Report of the Bombay Veterinary College
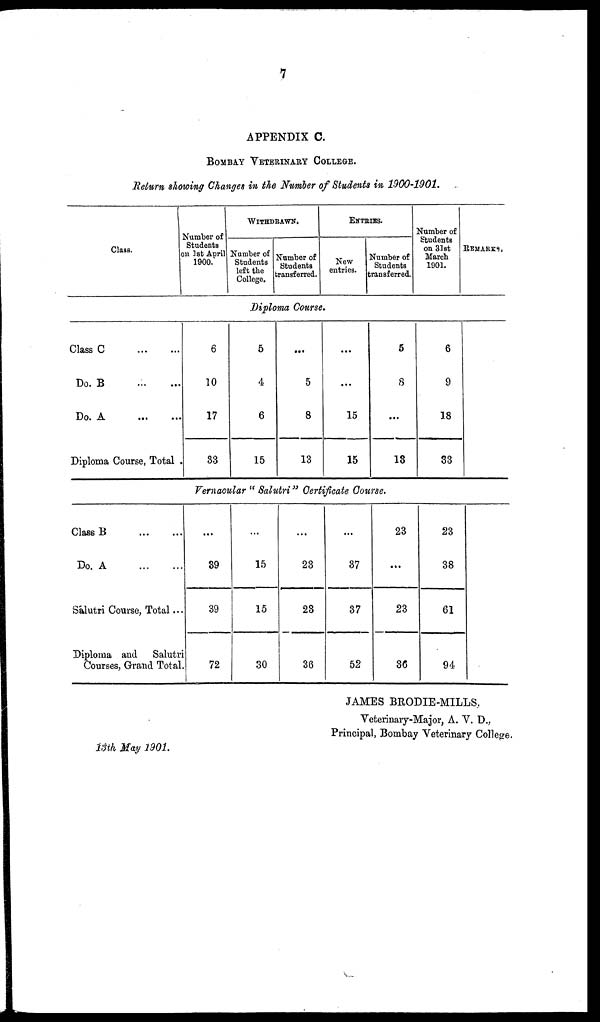
7
APPENDIX C.
BOMBAY VETERINARY COLLEGE.
Return showing Changes in the Number of Students in 1900-1901.
Class.
Number of
Students
on 1st April
1900.
WITHDRAWN.
Number of
Students
left the
College.
Number of
Students
transferred.
ENTRIES.
New
entries.
Number of
Students
transferred.
Number of
Students
on 31st
March
1901.
REMARKS.
Diploma Course.
Class C
Do. B
Do. A
...
...
...
...
...
...
Diploma Course, Total .
6
10
17
33
5
4
6
15
...
5
8
13
...
...
15
15
5
8
...
13
6
9
18
33
Vernacular " Salutri " Certificate Course.
Class B......
Do. A......
Sálutri Course, Total...
Diploma and Salutri
Courses, Grand Total.
...
39
39
72
...
15
15
30
...
23
23
36
...
37
37
52
23
...
23
36
23
38
61
94
JAMES BRODIE-MILLS,
Veterinary-Major, A. V. D.,
Principal, Bombay Veterinary College.
13th May 1901.